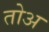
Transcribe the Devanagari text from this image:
तोअ